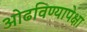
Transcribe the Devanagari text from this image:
ओढविण्यापेक्षा